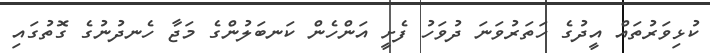
ކުޅިވަރުތައް އީދުގެ ހަތަރުވަނަ ދުވަހު ފެށީ އަންހެން ކަނބަލުންގެ މަޖާ ހެނދުނުގެ ގޮތުގައި